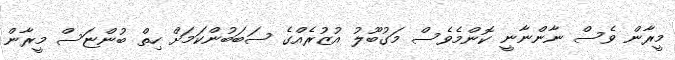
މީރާން ވެސް ނާންނާނީ ކޮންމެވެސް މަގުބޫލު އުޒުރެއްގެ ސަބަބުންކަމަށް ހިތް ބުންޏަސް މީރާން